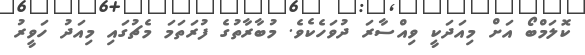
ކޮލަމްބޯ އަށް މިއަދަކީ ވިއްސާރަ ދުވަހެކެވެ. މުބާރާތުގެ ފުރަތަމަ މެޗުގައި މިއަދު ހަވީރު